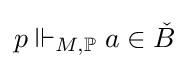
p\Vdash _{M,\mathbb {P} }a\in {\check {B}}